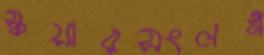
স্কয়ারসংলগ্ন